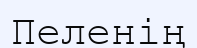
Пеленің